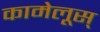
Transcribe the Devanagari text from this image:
कामेलूस्